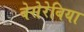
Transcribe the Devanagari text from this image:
बेसेरेबिया